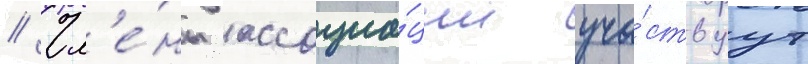
// Чл'е́ны ассоциа́ции уча́ствуут